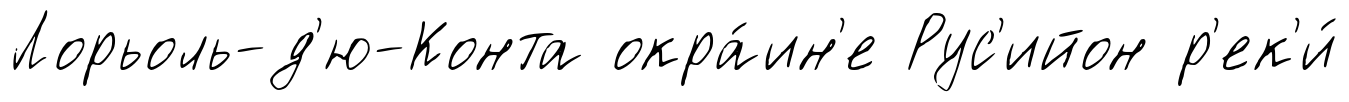
Лорьоль-д'ю-Конта окра́ин'е Рус'ийон р'ек'и́